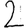
Digit: 2